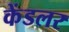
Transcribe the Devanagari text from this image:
केंडलर